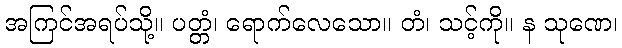
အကြင်အရပ်သို့။ ပတ္တံ၊ ရောက်လေသော။ တံ၊ သင့်ကို။ န သုဏေ၊